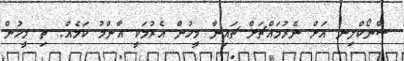
ސްނޯކްލިނ އަށް ނެރުމައްޗަށް ޗައިނާ މީހުން އެރުމަކީ އާންމު ކަމެއް.. ތި މީހުން